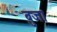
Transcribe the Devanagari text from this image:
बुजा